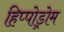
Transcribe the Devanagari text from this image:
हिप्पोड्रोम